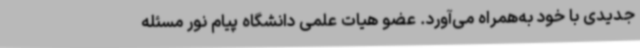
جدیدی با خود به‌همراه می‌آورد. عضو هیات علمی دانشگاه پیام نور مسئله